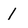
Character: 1